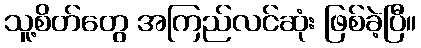
သူ့စိတ်တွေ အကြည်လင်ဆုံး ဖြစ်ခဲ့ပြီ။